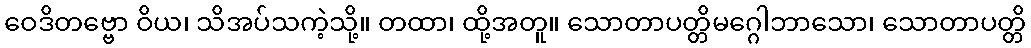
ဝေဒိတဗ္ဗော ဝိယ၊ သိအပ်သကဲ့သို့။ တထာ၊ ထို့အတူ။ သောတာပတ္တိမဂ္ဂေါဘာသော၊ သောတာပတ္တိ